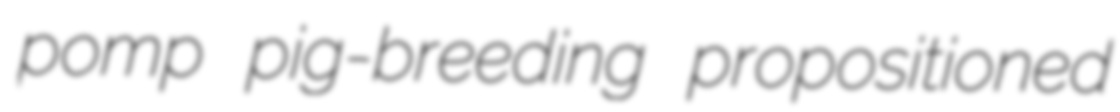
pomp pig-breeding propositioned